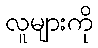
လူများကို